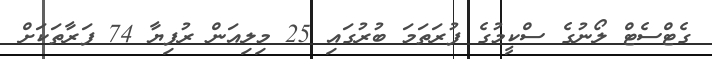
ގެޓްސެޓް ލޯނުގެ ސްކީމުގެ ފުރަތަމަ ބުރުގައި 25 މިލިއަން ރުފިޔާ 74 ފަރާތަކަށް